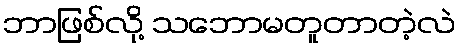
ဘာဖြစ်လို့ သဘောမတူတာတဲ့လဲ